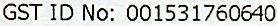
GST ID NO: 001531760640